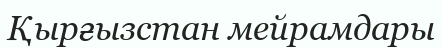
Қырғызстан мейрамдары